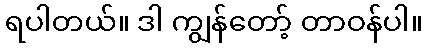
ရပါတယ်။ ဒါ ကျွန်တော့် တာဝန်ပါ။